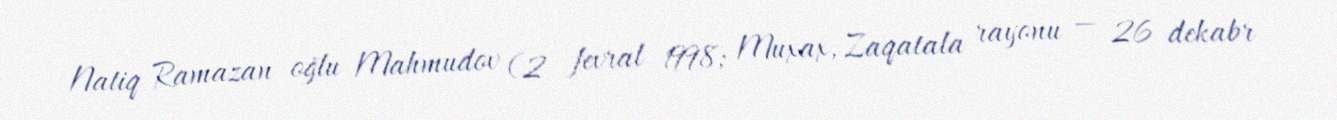
Natiq Ramazan oğlu Mahmudov (2 fevral 1998; Muxax, Zaqatala rayonu — 26 dekabr